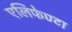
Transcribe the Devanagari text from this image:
एलिफेण्टा